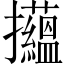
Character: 𢺝